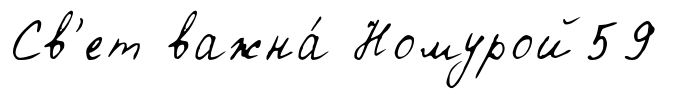
Св'ет важна́ Номурой59